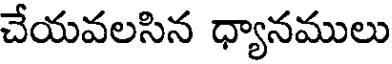
చేయవలసిన ధ్యానములు